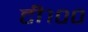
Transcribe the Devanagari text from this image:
टी१००